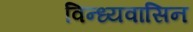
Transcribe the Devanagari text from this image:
विन्ध्यवासिन